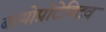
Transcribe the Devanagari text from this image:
बायोप्रोटेक्टिव